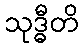
သုဒ္ဓီတိ